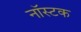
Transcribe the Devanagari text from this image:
नॉस्टक